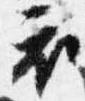
衣